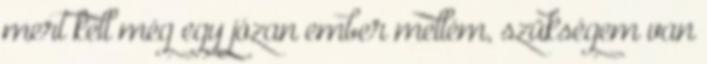
mert kell még egy józan ember mellém, szükségem van